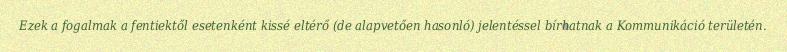
Ezek a fogalmak a fentiektől esetenként kissé eltérő (de alapvetően hasonló) jelentéssel bírhatnak a Kommunikáció területén.